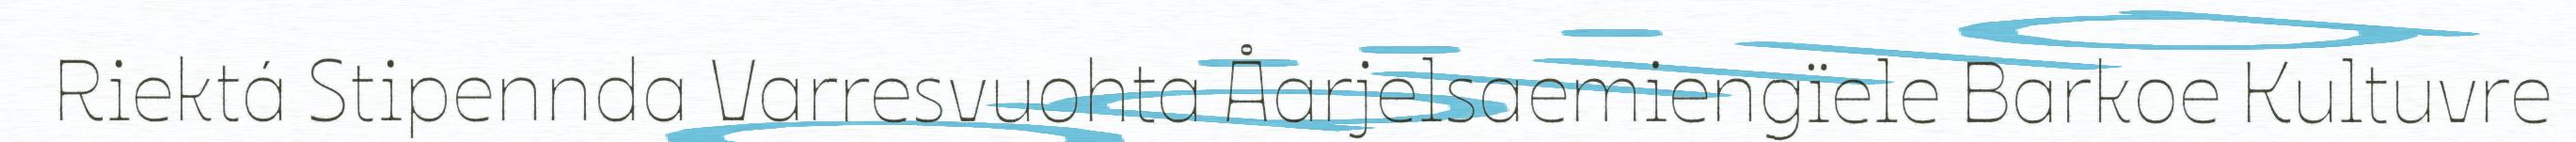
Riektá Stipennda Varresvuohta Åarjelsaemiengïele Barkoe Kultuvre